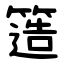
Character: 簉